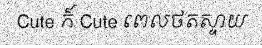
Cute ក៏ Cute ពេលថតស្ទាយ